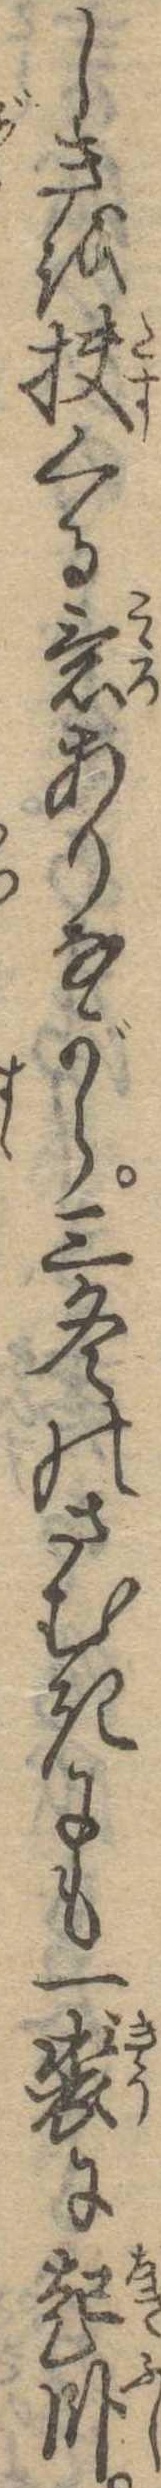
しきを扶くる意ありながら三冬のさむきにも一裘に起臥